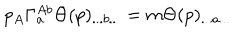
LaTeX: p _ { A } \Gamma _ { a } ^ { A b } \Theta ( p ) _ { . . . b . . . } = m \Theta ( p ) _ { . . . a . . . }